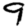
Digit: 9